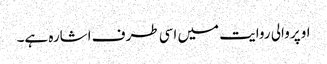
اوپر والی روایت میں اسی طرف اشارہ ہے۔